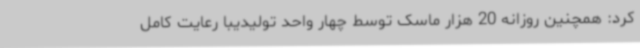
کرد: همچنین روزانه 20 هزار ماسک توسط چهار واحد تولیدیبا رعایت کامل